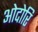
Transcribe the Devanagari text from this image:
ओदोरि